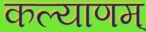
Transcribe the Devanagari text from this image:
कल्‍याणम्